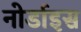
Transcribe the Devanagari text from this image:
नोर्डाइस